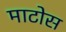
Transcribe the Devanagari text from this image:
माटोस